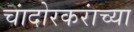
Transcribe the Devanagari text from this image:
चांदोरकरांच्या